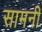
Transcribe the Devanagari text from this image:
सामनी